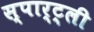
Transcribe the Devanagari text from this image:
स्पार्ट्ली